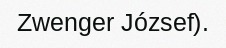
Zwenger József).